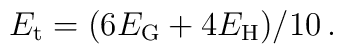
E_{\rm t}=(6 E_{\rm G}+4 E_{\rm H})/10 \,.